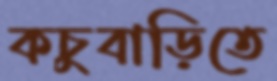
কচুবাড়িতে